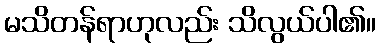
မသိတန်ရာဟုလည်း သိလွယ်ပါ၏။